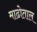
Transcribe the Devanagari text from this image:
माढोताल